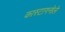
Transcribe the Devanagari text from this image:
कास्टागनोले